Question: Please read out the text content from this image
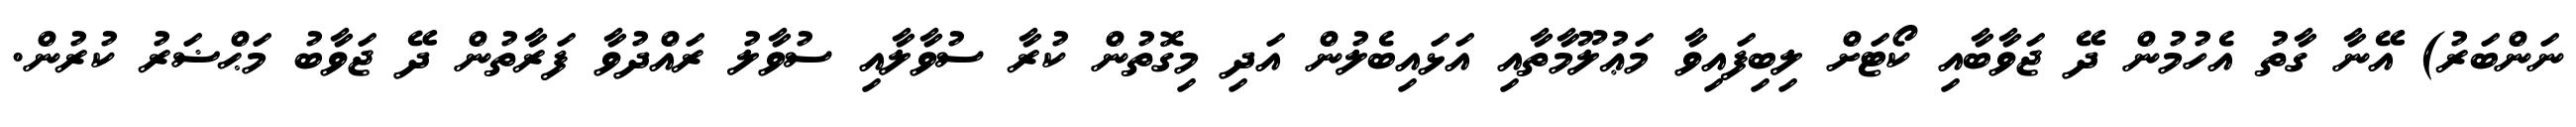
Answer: ނަންބަރު) އޭނާ ގާތު އެހުމުން ދޭ ޖަވާބާއި ކޯޓަށް ލިބިފައިވާ މަޢުލޫމާތާއި އަޅައިބެލުން އަދި މިގޮތުން ކުރާ ސުވާލާއި ސުވާލު ރައްދުވާ ފަރާތުން ދޭ ޖަވާބު މަޙްޟަރު ކުރުން.